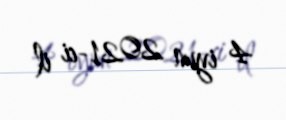
4 iyun 2021-ci il